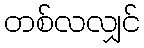
တစ်လလျှင်